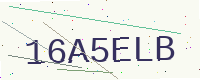
Text: 16A5ELB